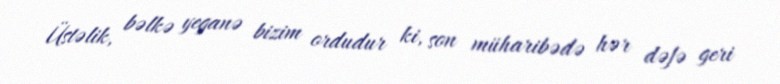
Üstəlik, bəlkə yeganə bizim ordudur ki, son müharibədə hər dəfə geri